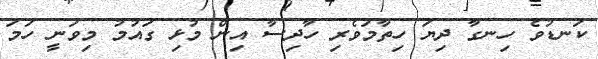
ކަނޑުވެ ހިނގާ ދިޔަ ހިތާމަވެރި ހާދިސާ އިން މުޅި ގައުމު މިވަނީ ހަމަ